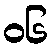
၀၆